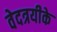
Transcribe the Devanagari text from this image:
वेदत्रयीके